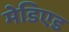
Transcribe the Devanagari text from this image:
मेडिएड